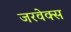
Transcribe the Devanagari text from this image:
जरवेक्स